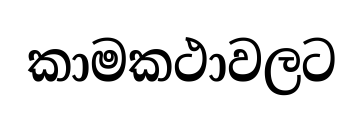
කාමකථාවලට